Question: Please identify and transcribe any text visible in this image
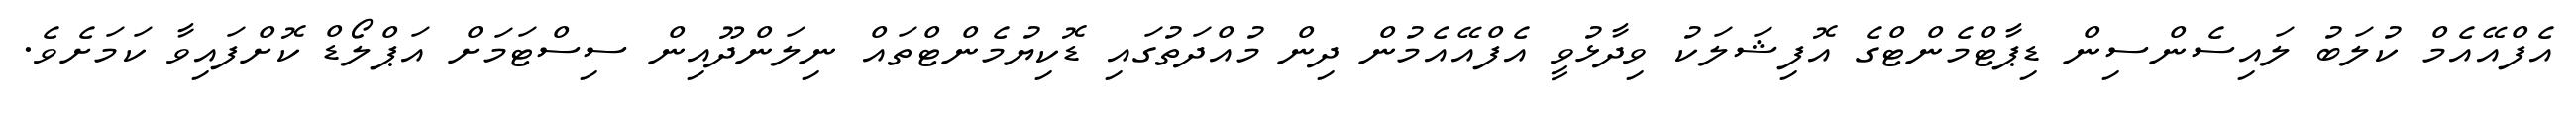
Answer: އެފްއޭއެމް ކުލަބު ލައިސެންސިން ޑިޕާޓްމެންޓްގެ އޮފިޝަލަކު ވިދާޅުވީ އެފްއޭއެމުން ދިން މުއްދަތުގައި ޑޮކިޔުމެންޓްތައް ނިލަންދޫއިން ސިސްޓަމަށް އަޕްލޯޑް ކޮށްފައިވާ ކަމަށެވެ.